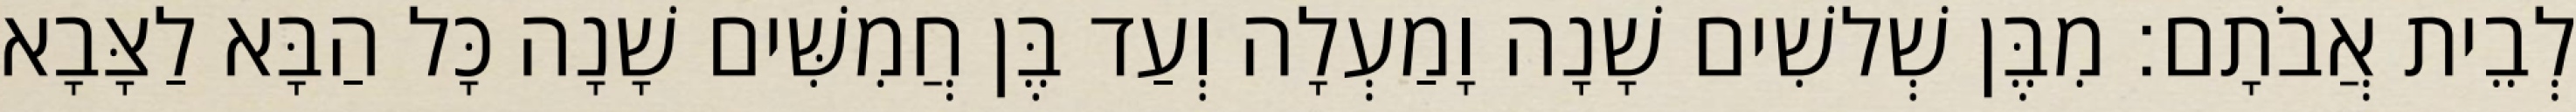
לְבֵית אֲבֹתָם׃ מִבֶּן שְׁלשִׁים שָׁנָה וָמַעְלָה וְעַד בֶּן חֲמִשִּׁים שָׁנָה כָּל הַבָּא לַצָּבָא